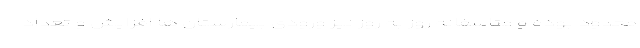
محدود بوده و متاسفانه روز به روز نیز ورودی بیمارستان ها افزایش و تعداد